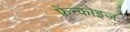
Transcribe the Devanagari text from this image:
फ़्रेंन्कोइज